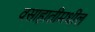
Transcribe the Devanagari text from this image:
वसाहातीमधील